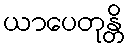
ယာပေတုန္တိ